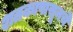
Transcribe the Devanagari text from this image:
शतकापासूनचे